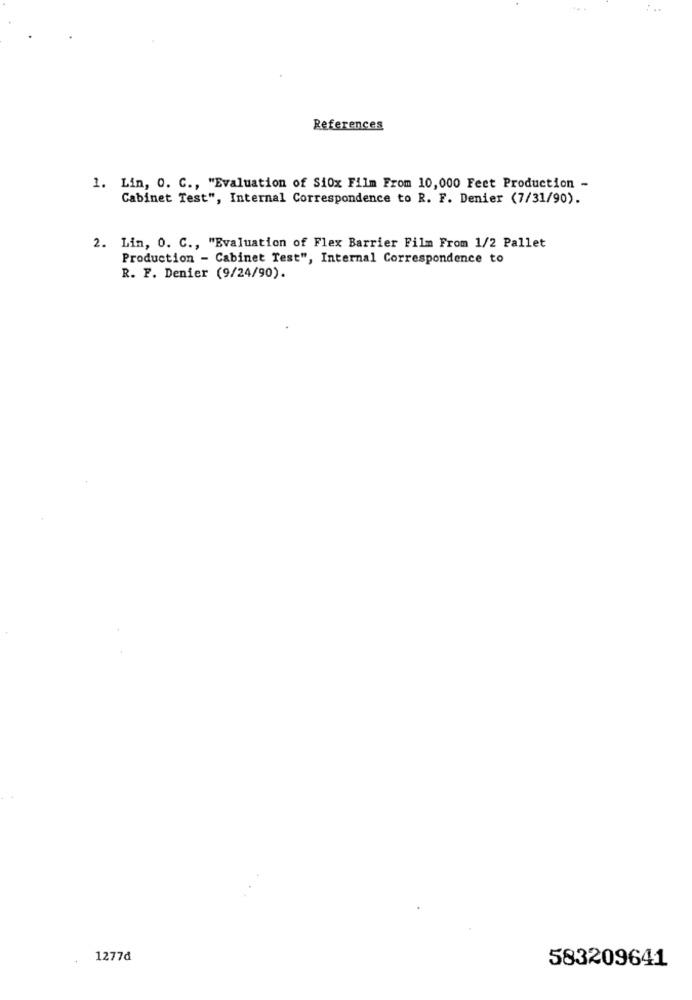
References
1. Lin, O. C ., "Evaluation of Si0x Film From 10,000 Feet Production -
Cabinet Test", Internal Correspondence to R. F. Denier (7/31/90).
2. Lin, O. C ., "Evaluation of Flex Barrier Film From 1/2 Pallet
Production - Cabinet Test", Internal Correspondence to
R. F. Denier (9/24/90).
1277d
583209641